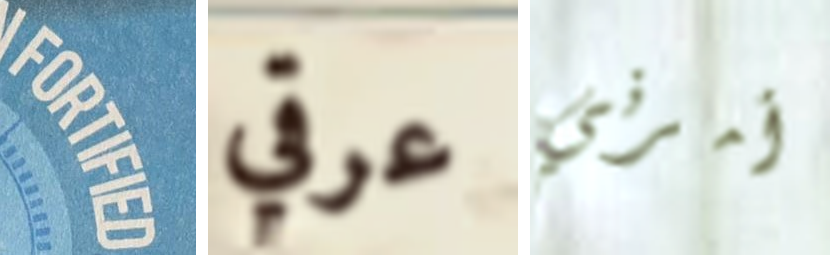
FORTIFIED عرقي أمرني